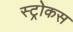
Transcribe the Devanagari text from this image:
स्ट्रोकस